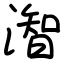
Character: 潪